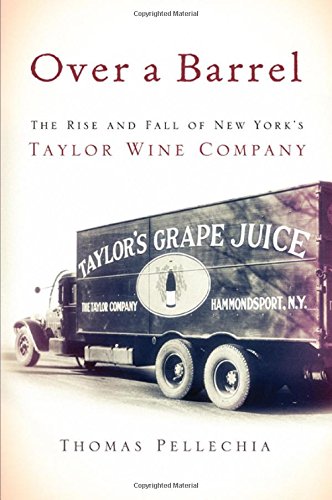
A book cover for Over a Barrel: The Rise and Fall of New York's Taylor Wine Company; Thomas Pellechia; Business & Money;